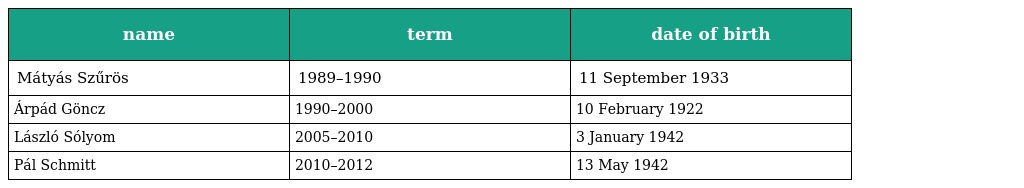
| name | term | date of birth |
 | --- | --- | --- |
 | Mátyás Szűrös | 1989–1990 | 11 September 1933 |
 | Árpád Göncz | 1990–2000 | 10 February 1922 |
 | László Sólyom | 2005–2010 | 3 January 1942 |
 | Pál Schmitt | 2010–2012 | 13 May 1942 |